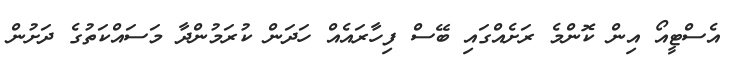
އެސްޓީއޯ އިން ކޮންމެ ރަށެއްގައި ބޭސް ފިހާރައެއް ހަދަން ކުރަމުންދާ މަސައްކަތުގެ ދަށުން